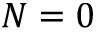
N = 0